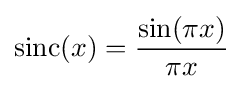
\mathrm {sinc} (x)={\frac {\sin(\pi x)}{\pi x}}\